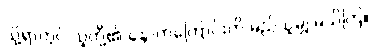
သို့ရာတွင် သူတို့၏ နောက်ကြောင်းကို မည်သူမျှ မသိကြ။